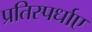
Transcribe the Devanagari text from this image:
प्रतिस्पर्धाए